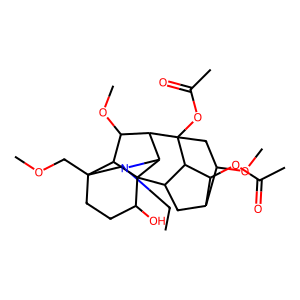
SMILES: CCN1CC2(COC)CCC(O)C34C5CC6C(OC)CC(OC(C)=O)(C5C6OC(C)=O)C(C(OC)C23)C14
Inhibits HIV replication: No